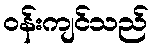
ဝန်းကျင်သည်